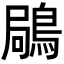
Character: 𪁵